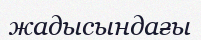
жадысындағы